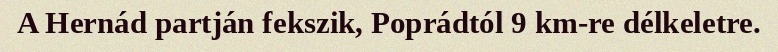
A Hernád partján fekszik, Poprádtól 9 km-re délkeletre.